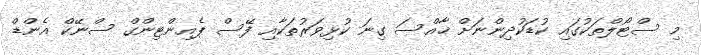
މި ސްޓޯލްތަކުގައި ކުޑަކުދިންނަށް ޚާއްސަ ގިނަ ކުޅިވަރުތަކާއި ފޭސް ޕެއިންޓިންގް ސްނޭކް އެންޑް